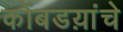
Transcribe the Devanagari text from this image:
कोंबडय़ांचे